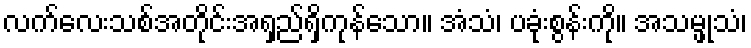
လက်လေးသစ်အတိုင်းအရှည်ရှိကုန်သော။ အံသံ၊ ပခုံးစွန်းကို။ အသမ္ဖုသံ၊